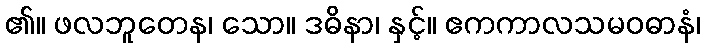
၏။ ဖလဘူတေန၊ သော။ ဒဓိနာ၊ နှင့်။ ဧကကာလသမဝဓာနံ၊